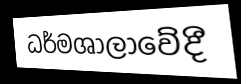
ධර්මශාලාවේදී